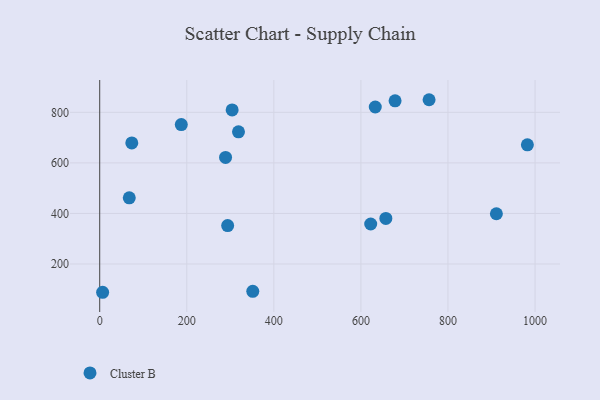
{"axis": {"x": "Study Hours", "y": "Sales"}, "legend": ["Cluster B"], "data": [{"x": "67.9", "y": 461.7, "type": "Cluster B"}, {"x": "293.9", "y": 352.1, "type": "Cluster B"}, {"x": "6.7", "y": 88.2, "type": "Cluster B"}, {"x": "351.6", "y": 92.1, "type": "Cluster B"}, {"x": "187.4", "y": 751.6, "type": "Cluster B"}, {"x": "657.3", "y": 380.4, "type": "Cluster B"}, {"x": "304.2", "y": 809.4, "type": "Cluster B"}, {"x": "73.7", "y": 678.9, "type": "Cluster B"}, {"x": "756.6", "y": 849.9, "type": "Cluster B"}, {"x": "911.2", "y": 398.8, "type": "Cluster B"}, {"x": "633.0", "y": 821.1, "type": "Cluster B"}, {"x": "622.5", "y": 358.2, "type": "Cluster B"}, {"x": "982.4", "y": 671.6, "type": "Cluster B"}, {"x": "678.5", "y": 845.6, "type": "Cluster B"}, {"x": "289.1", "y": 621.8, "type": "Cluster B"}, {"x": "318.8", "y": 722.8, "type": "Cluster B"}]}